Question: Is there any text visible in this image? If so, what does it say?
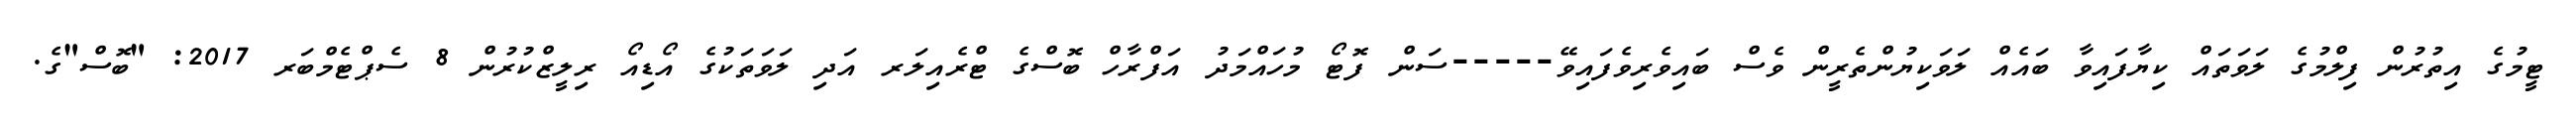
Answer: ޓީމުގެ އިތުރުން ފިލްމުގެ ލަވަތައް ކިޔާފައިވާ ބައެއް ލަވަކިޔުންތެރީން ވެސް ބައިވެރިވެފައިވޭ-----ސަން ފޮޓޯ މުހައްމަދު އަފްރާހް ބޮސްގެ ޓްރެއިލަރ އަދި ލަވަތަކުގެ އޯޑިއޯ ރިލީޒްކުރުން 8 ސެޕްޓެމްބަރ 2017: "ބޮސް"ގެ.